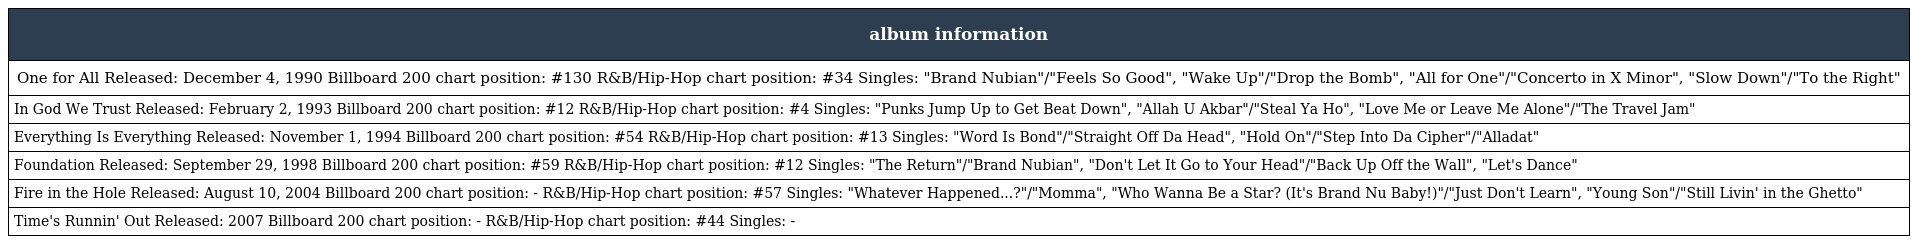
| album information |
 | --- |
 | One for All Released: December 4, 1990 Billboard 200 chart position: #130 R&B/Hip-Hop chart position: #34 Singles: "Brand Nubian"/"Feels So Good", "Wake Up"/"Drop the Bomb", "All for One"/"Concerto in X Minor", "Slow Down"/"To the Right" |
 | In God We Trust Released: February 2, 1993 Billboard 200 chart position: #12 R&B/Hip-Hop chart position: #4 Singles: "Punks Jump Up to Get Beat Down", "Allah U Akbar"/"Steal Ya Ho", "Love Me or Leave Me Alone"/"The Travel Jam" |
 | Everything Is Everything Released: November 1, 1994 Billboard 200 chart position: #54 R&B/Hip-Hop chart position: #13 Singles: "Word Is Bond"/"Straight Off Da Head", "Hold On"/"Step Into Da Cipher"/"Alladat" |
 | Foundation Released: September 29, 1998 Billboard 200 chart position: #59 R&B/Hip-Hop chart position: #12 Singles: "The Return"/"Brand Nubian", "Don't Let It Go to Your Head"/"Back Up Off the Wall", "Let's Dance" |
 | Fire in the Hole Released: August 10, 2004 Billboard 200 chart position: - R&B/Hip-Hop chart position: #57 Singles: "Whatever Happened...?"/"Momma", "Who Wanna Be a Star? (It's Brand Nu Baby!)"/"Just Don't Learn", "Young Son"/"Still Livin' in the Ghetto" |
 | Time's Runnin' Out Released: 2007 Billboard 200 chart position: - R&B/Hip-Hop chart position: #44 Singles: - |